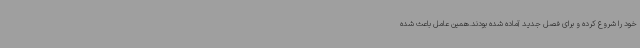
خود را شروع کرده و برای فصل جدید آماده شده بودند.همین عامل باعث شده